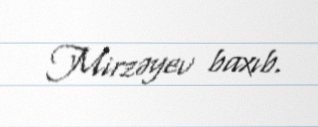
Mirzəyev baxıb.